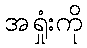
အရှုံးကို